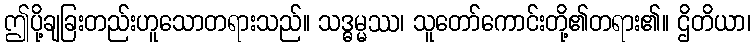
ဤပို့ချခြးတည်းဟူသောတရားသည်။ သဒ္ဓမ္မဿ၊ သူတော်ကောင်းတို့၏တရား၏။ ဌိတိယာ၊